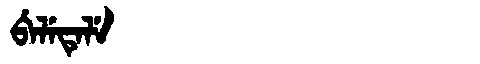
Manchu: ᠪᡝᠯᡝᡨᡝᠯᡝ
Romanization: BELETELE